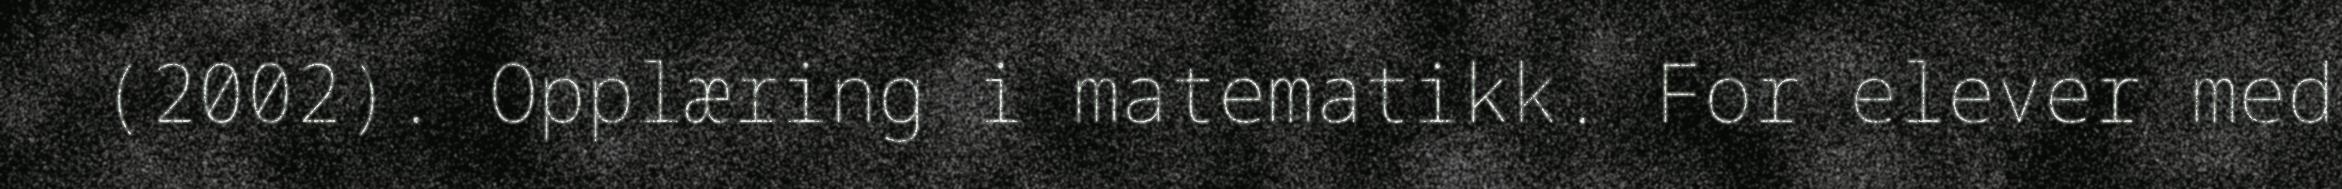
(2002). Opplæring i matematikk. For elever med